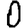
Digit: 0